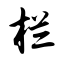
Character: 栏